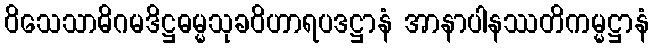
ဝိသေသာဓိဂမဒိဋ္ဌဓမ္မသုခဝိဟာရပဒဋ္ဌာနံ အာနာပါနဿတိကမ္မဋ္ဌာနံ